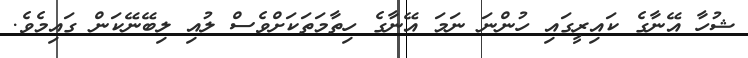
ޝުހާ އޭނާގެ ކައިރީގައި ހުންނަ ނަމަ އޭނާގެ ހިތާމަތަކަށްވެސް ލުއި ލިބޭނޭކަން ގައިމެވެ.